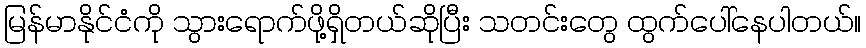
မြန်မာနိုင်ငံကို သွားရောက်ဖို့ရှိတယ်ဆိုပြီး သတင်းတွေ ထွက်ပေါ်နေပါတယ်။